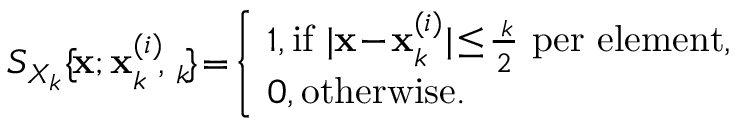
\begin{array} { r } { S _ { \mathbfcal { X } _ { k } } \{ \! \mathbf x ; \mathbf x _ { k } ^ { ( i ) } \! , \! \mathbf \Delta _ { k } \! \} \! = \! \left\{ \begin{array} { l l } { \! 1 , \mathrm { i f } \ | \mathbf x \! - \! \mathbf x _ { k } ^ { ( i ) } | \! \leq \! \frac { \mathbf \Delta _ { k } } { 2 } \mathrm { ~ p e r ~ e l e m e n t } , } \\ { \! 0 , \mathrm { o t h e r w i s e } . } \end{array} \right. } \end{array}